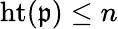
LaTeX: \operatorname{ht}({\mathfrak{p}})\leq n